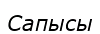
Сапысы